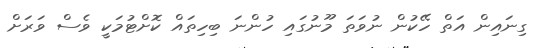
ގިނައިން އަތް ހޭކުން ނުވަތަ މޫނުގައި ހުންނަ ބިހިތައް ކޮށްޓުމަކީ ވެސް ވަރަށް